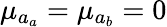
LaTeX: \mu_{a_{a}}=\mu_{a_{b}}=0